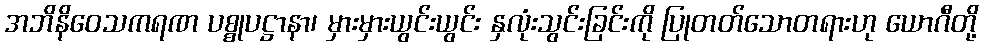
အဘိနိဝေသကရဏ ပစ္စုပဋ္ဌာနာ၊ မှားမှားယွင်းယွင်း နှလုံးသွင်းခြင်းကို ပြုတတ်သောတရားဟု ယောဂီတို့